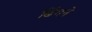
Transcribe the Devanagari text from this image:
ढिंगने